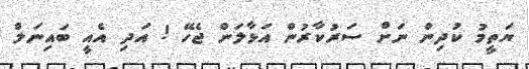
ޔަތީމު ކުދިން ނަށް ސަރުކާރުން އަޅާލަން ޖެހޭ ! އަދި އެއީ ބައިނަލް